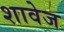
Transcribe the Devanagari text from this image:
शावेज